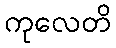
ကုလေတိ